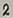
Text: 2